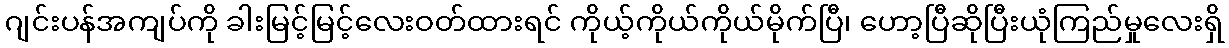
ဂျင်းပန်အကျပ်ကို ခါးမြင့်မြင့်လေးဝတ်ထားရင် ကိုယ့်ကိုယ်ကိုယ်မိုက်ပြီ၊ ဟော့ပြီဆိုပြီးယုံကြည်မှုလေးရှိ